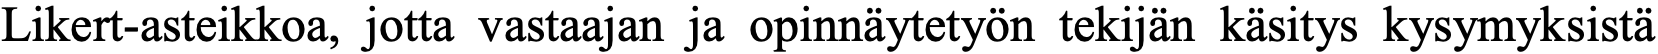
Likert-asteikkoa, jotta vastaajan ja opinnäytetyön tekijän käsitys kysymyksistä